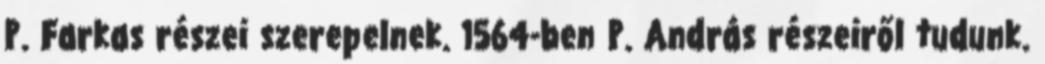
P. Farkas részei szerepelnek. 1564-ben P. András részeiről tudunk.